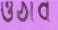
ওঠাব